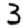
Digit: 3